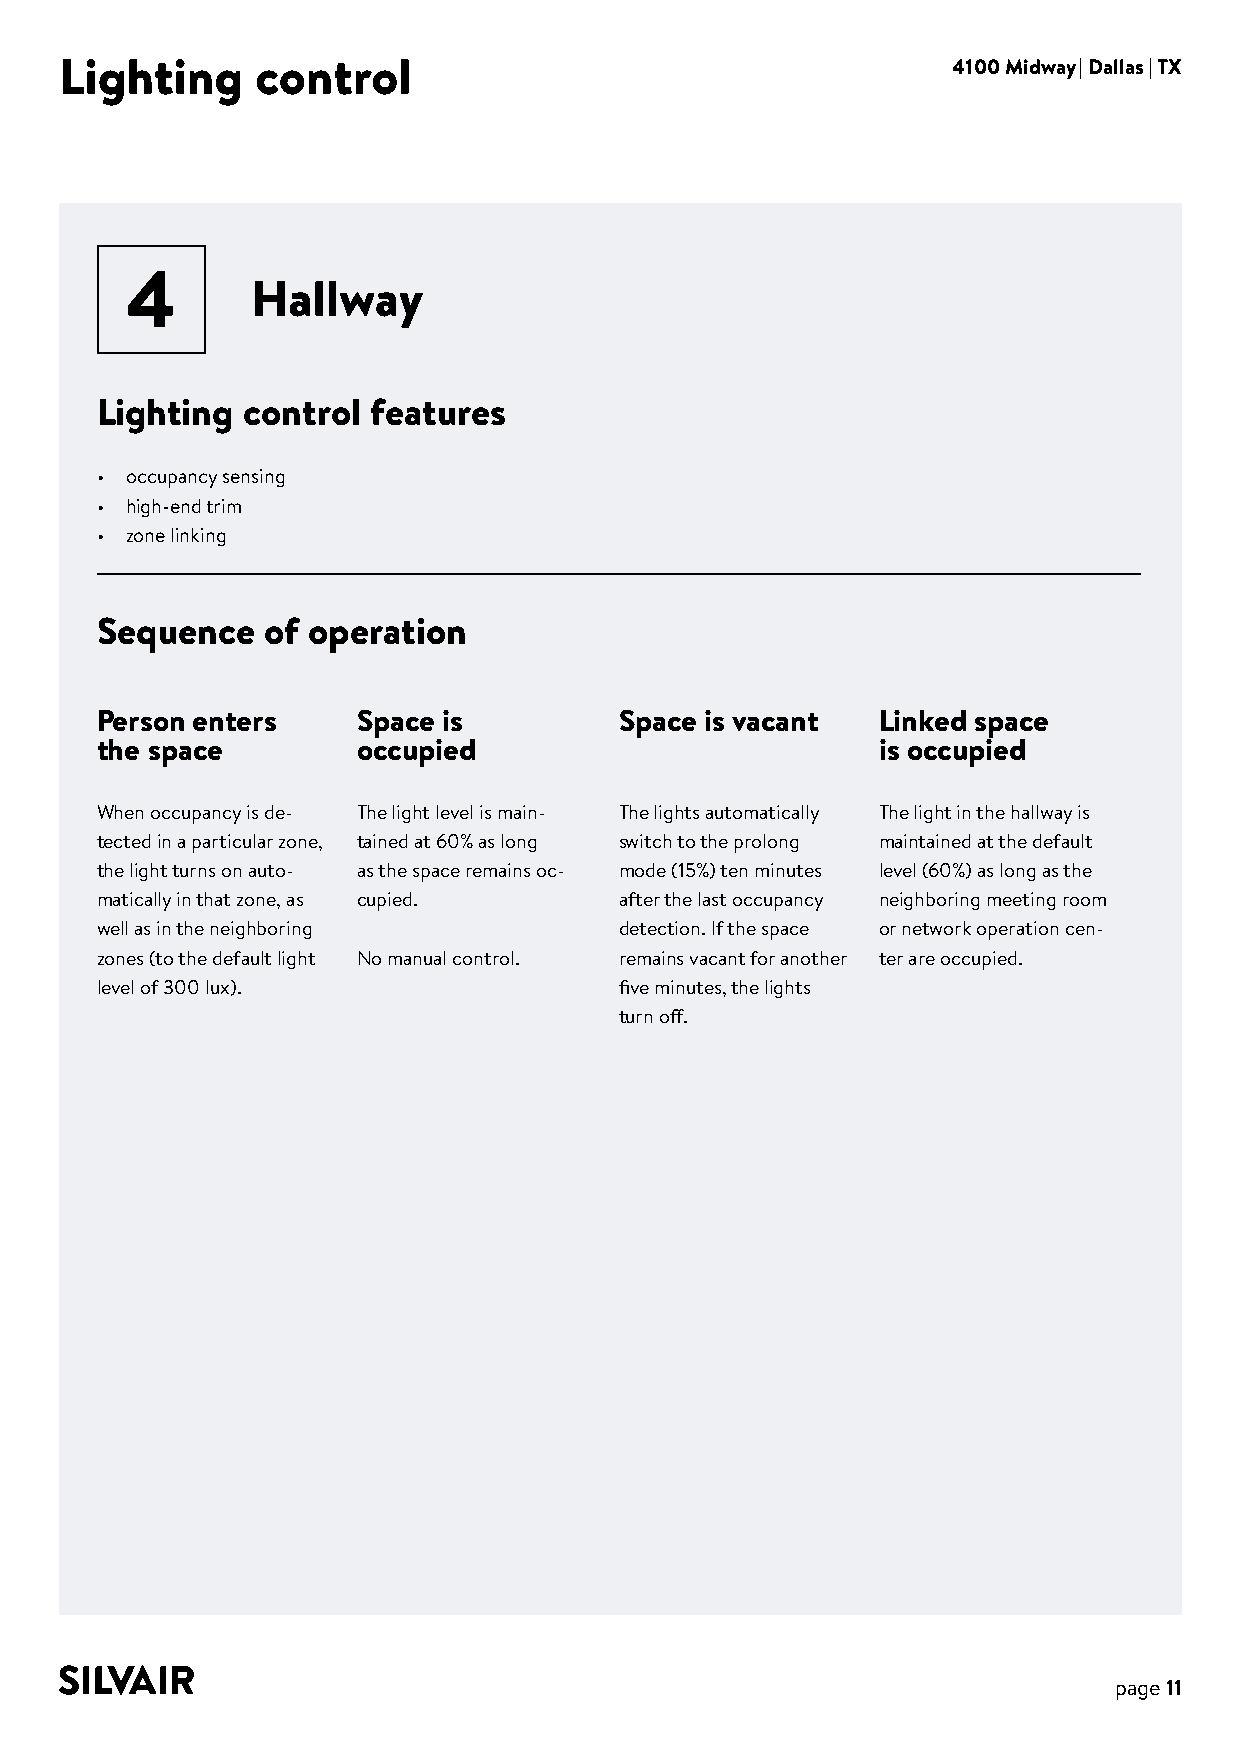
Lighting     control                                       4100 Midway | Dallas | TX
 4
 Hallway
 Lighting  control features
 • occupancy sensing
 • high-end trim
 • zone linking
 Sequence   of operation
 Person enters     Space is         Space is vacant  Linked space
 the space         occupied                          is occupied
 When occupancy is de- The light level is main- The lights automatically The light in the hallway is
 tected in a particular zone, tained at 60% as long switch to the prolong maintained at the default
 the light turns on auto- as the space remains oc- mode (15%) ten minutes level (60%) as long as the
 matically in that zone, as cupied. after the last occupancy neighboring meeting room
 well as in the neighboring         detection. If the space or network operation cen-
 zones (to the default light No manual control. remains vacant for another ter are occupied.
 level of 300 lux).                 five minutes, the lights
 turn off.
 page 11